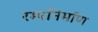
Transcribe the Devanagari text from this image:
रम्यनिर्माण